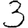
Digit: 3